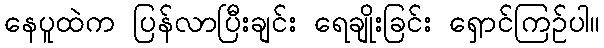
နေပူထဲက ပြန်လာပြီးချင်း ရေချိုးခြင်း ရှောင်ကြဉ်ပါ။